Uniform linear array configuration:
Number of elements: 16
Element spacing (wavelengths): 0.25
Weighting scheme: hann
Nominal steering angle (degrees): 45
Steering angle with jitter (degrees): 46.532
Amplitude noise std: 0.05
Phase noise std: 0.05

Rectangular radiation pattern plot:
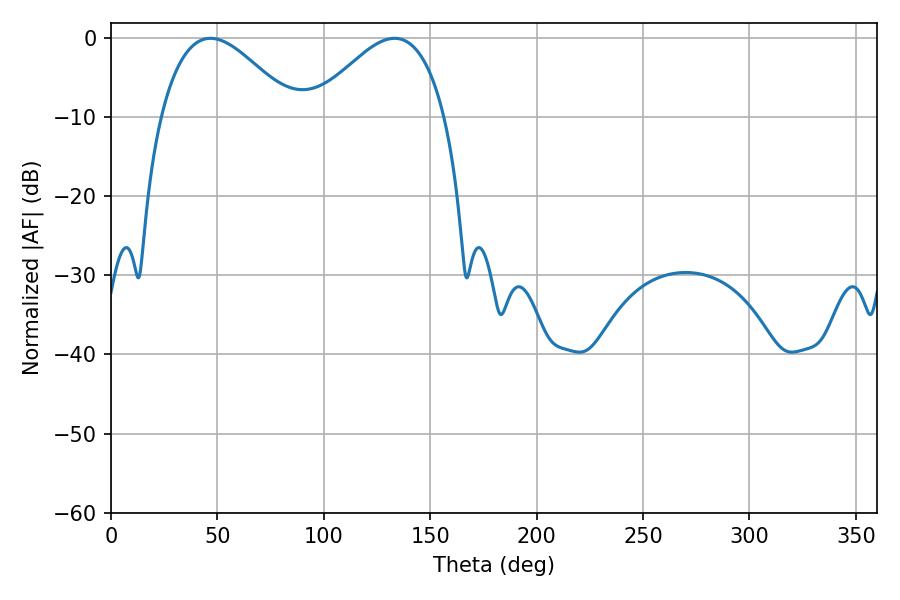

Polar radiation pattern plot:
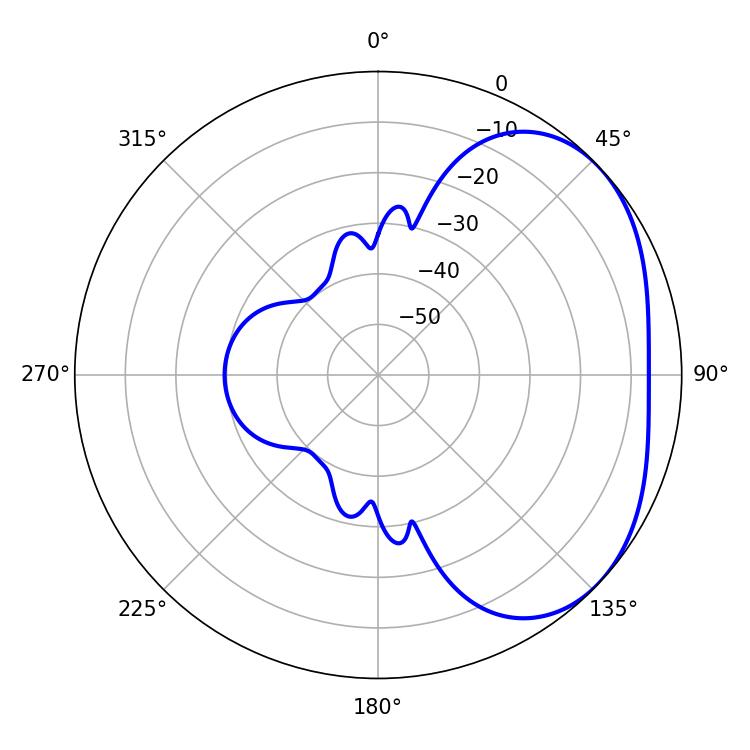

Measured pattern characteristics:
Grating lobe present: FALSE
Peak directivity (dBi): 3.013
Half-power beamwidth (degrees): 33.66
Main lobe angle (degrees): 46.8